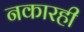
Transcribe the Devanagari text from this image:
नकारही